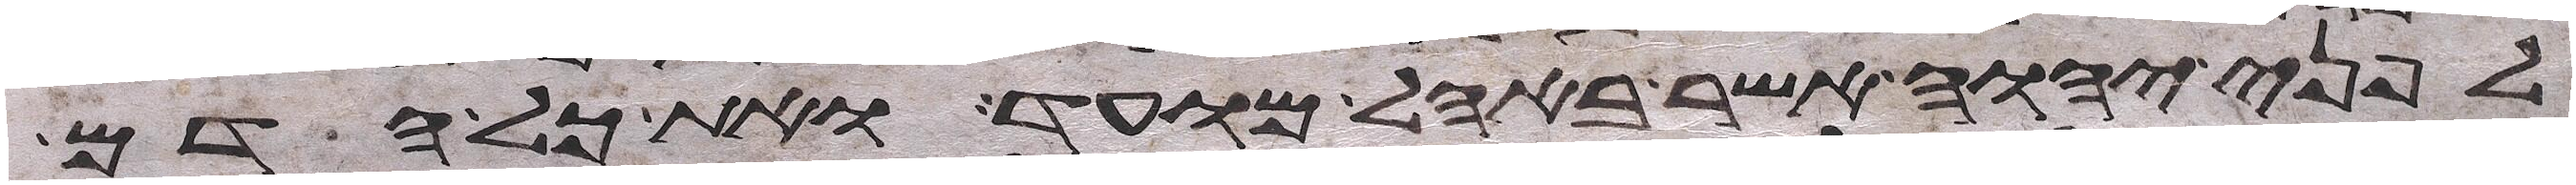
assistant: לפני יהוה אשר באהל מועד ואת כל הדם